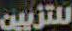
للتزيين